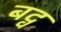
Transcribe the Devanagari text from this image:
बद्व